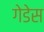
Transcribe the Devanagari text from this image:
गेडेस